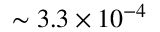
\sim 3 . 3 \times 1 0 ^ { - 4 }